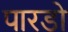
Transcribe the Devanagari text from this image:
पारडो